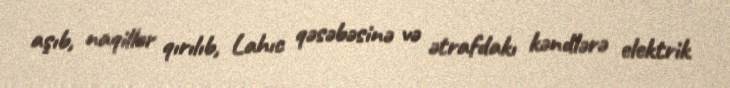
aşıb, naqillər qırılıb, Lahıc qəsəbəsinə və ətrafdakı kəndlərə elektrik